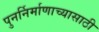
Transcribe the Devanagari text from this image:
पुनर्निर्माणाच्यासाठी